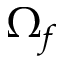
\Omega _ { f }